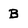
Character: B